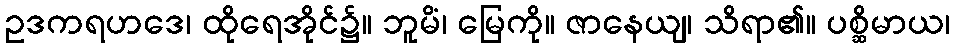
ဥဒကရဟဒေ၊ ထိုရေအိုင်၌။ ဘူမိံ၊ မြေကို။ ဇာနေယျ၊ သိရာ၏။ ပစ္ဆိမာယ၊